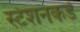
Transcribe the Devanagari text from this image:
स्टेशनकडे